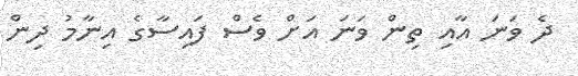
ދެ ވަނަ އާއި ތިން ވަނަ އަށް ވެސް ފައިސާގެ އިނާމު ދިން